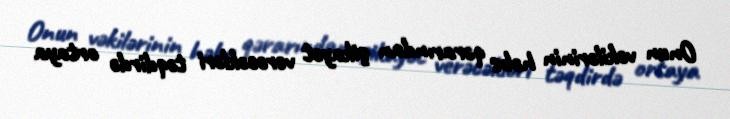
Onun vəkilərinin həbs qərarından şikayət verəcəkləri təqdirdə ortaya